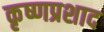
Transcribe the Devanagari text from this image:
कृष्णप्रशाद